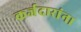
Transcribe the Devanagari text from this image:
कर्जदारांना